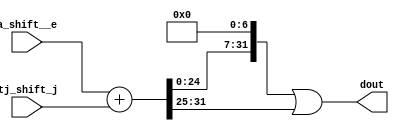
`timescale 1ns / 1ps
//////////////////////////////////////////////////////////////////////////////////
// Company: 
// 
// Design Name: 
// Module Name:    ss1
// Project Name: 
// Target Devices: 
// Tool versions: 
// Description: 
//
// Dependencies: 
//
// Revision: 
// Revision 0.01 - File Created
// Additional Comments: 
//     calculate ss1
//////////////////////////////////////////////////////////////////////////////////
module ss1 (
    a_shift__e,
    tj_shift_j,
    dout
);
    input wire[31:0] a_shift__e;
    input wire[31:0] tj_shift_j;
    output wire[31:0] dout;
    wire[31:0] temp;
    assign temp = a_shift__e + tj_shift_j;
    assign dout = ( temp << 8'd7 | ( temp >> ( 8'd25 )));
endmodule